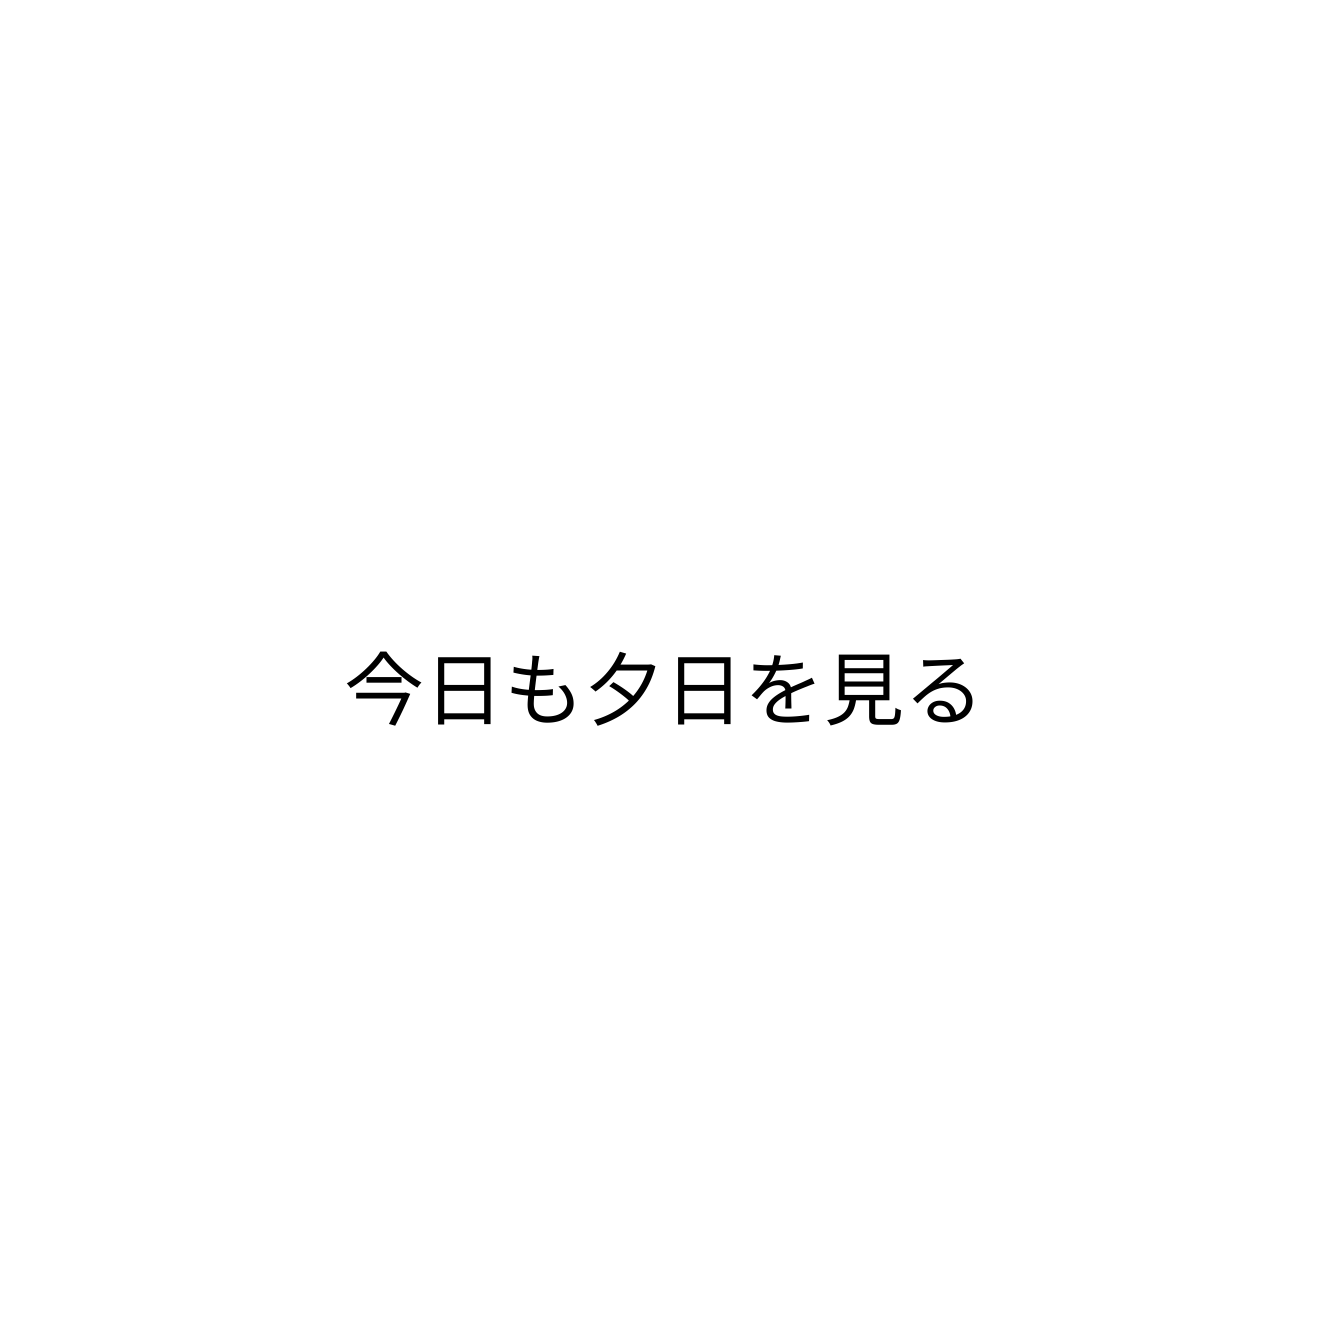
今日も夕日を見る